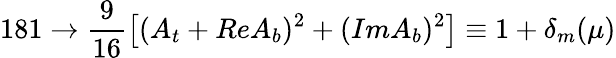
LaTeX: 181\rightarrow\frac{9}{16}\left[(A_{t}+ReA_{b})^{2}+(ImA_{b})^{2}\right]\equiv 1+\delta_{m}(\mu)